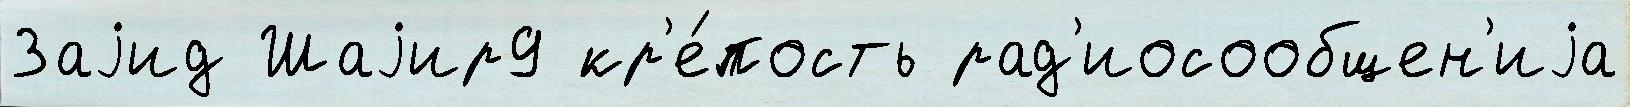
Заjид Шаjир9 кр'е́пость рад'иосообщен'иjа